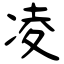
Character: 凌